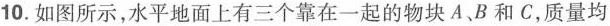
10.如图所示，水平地面上有三个靠在一起的物块A、B和C，质量均